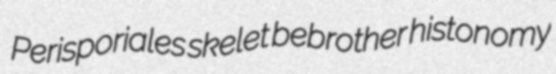
Perisporiales skelet bebrother histonomy